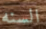
السنه